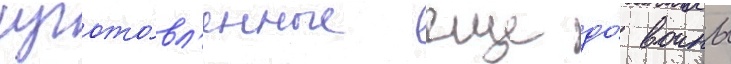
изгото́вл'енные еще до́ воины